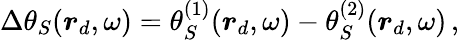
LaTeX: \begin{array}{r}{\Delta\theta_{S}(\boldsymbol{r}_{d},\omega)=\theta_{S}^{(1)}(\boldsymbol{r}_{d},\omega)-\theta_{S}^{(2)}(\boldsymbol{r}_{d},\omega)\, ,}\end{array}